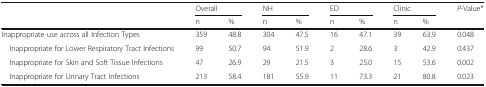
| <ROWSPAN=2>  | <COLSPAN=2> Overall | <COLSPAN=2> NH | <COLSPAN=2> ED | <COLSPAN=2> Clinic | <ROWSPAN=2> P-Value* |
 | n | % | n | % | n | % | n | % |
 | --- | --- | --- | --- | --- | --- | --- | --- | --- | --- |
 | Inappropriate use across all Infection Types | 359 | 48.8 | 304 | 47.5 | 16 | 47.1 | 39 | 63.9 | 0.048 |
 | Inappropriate for Lower Respiratory Tract Infections | 99 | 50.7 | 94 | 51.9 | 2 | 28.6 | 3 | 42.9 | 0.437 |
 | Inappropriate for Skin and Soft Tissue Infections | 47 | 26.9 | 29 | 21.5 | 3 | 25.0 | 15 | 53.6 | 0.002 |
 | Inappropriate for Urinary Tract Infections | 213 | 58.4 | 181 | 55.9 | 11 | 73.3 | 21 | 80.8 | 0.023 |